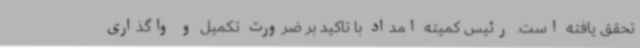
تحقق یافته است. رئیس کمیته امداد با تاکید بر ضرورت تکمیل و واگذاری